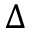
\Delta